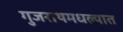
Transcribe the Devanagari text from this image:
गुजराथमधल्यात